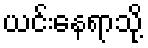
ယင်းနေရာသို့